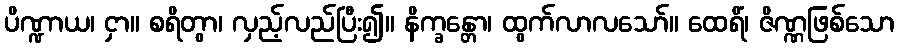
ပိဏ္ဍာယ၊ ငှာ။ စရိတွာ၊ လှည့်လည်ပြီး၍။ နိက္ခန္တော၊ ထွက်လာလသော်။ ထေရိံ၊ ဇိဏ္ဏဖြစ်သော